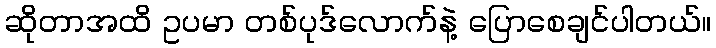
ဆိုတာအထိ ဥပမာ တစ်ပုဒ်လောက်နဲ့ ပြောစေချင်ပါတယ်။